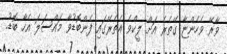
ވާރޭ ވެހެންޏާ ގޭތެރެ އަށް ލީކްވެ އެތެރޭގައި ފެންބޮޑުވާ މައްސަލަ އެހާ ބޮޑު.